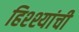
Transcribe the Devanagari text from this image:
हिश्श्यांची